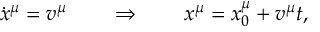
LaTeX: \dot { x } ^ { \mu } = v ^ { \mu } \qquad \Rightarrow \qquad x ^ { \mu } = x _ { 0 } ^ { \mu } + v ^ { \mu } t ,